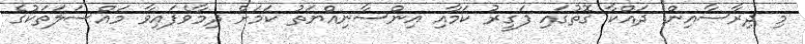
މި ދިރާސާއިން ދައްކާ ގޮތުގައި ފަގީރު ކަމާއި އިންސާނިއްޔަތު ކަމަށް ދިމާވެފައިވާ މައްސަލަތަކުގެ